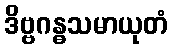
ဒိဗ္ဗဂန္ဓသမာယုတံ